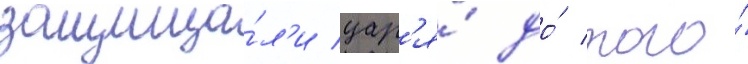
защища́л'и цар'я́ до́ того́